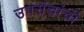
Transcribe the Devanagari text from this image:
उपसंचांची